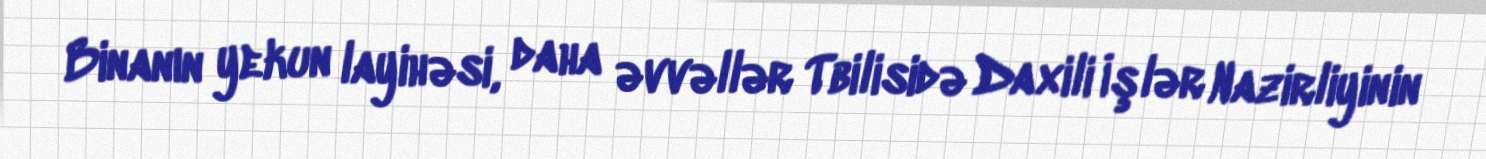
Binanın yekun layihəsi, daha əvvəllər Tbilisidə Daxili İşlər Nazirliyinin